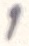
Text: 1